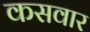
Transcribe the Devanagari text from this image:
कसवार